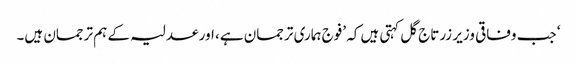
‘ جب وفاقی وزیر زرتاج گل کہتی ہیں کہ ’فوج ہماری ترجمان ہے، اور عدلیہ کے ہم ترجمان ہیں۔